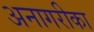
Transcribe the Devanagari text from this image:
अनागरीका